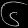
Digit: ၆